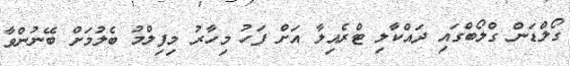
ގޯލްޑަން ގްލޯބްގައި ދައްކާލި ޓްރެއިލާ އަށް ފަހު މިހާރު މިފިލްމު ބެލުމަށް ބޭނުންވާ